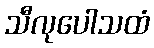
သီလုပေါသထံ